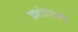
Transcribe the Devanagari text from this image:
प्रसंसाधन